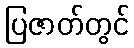
ပြဇာတ်တွင်